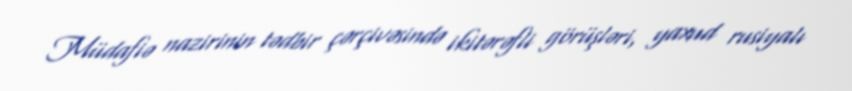
Müdafiə nazirinin tədbir çərçivəsində ikitərəfli görüşləri, yaxud rusiyalı